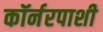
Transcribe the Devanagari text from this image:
कॉर्नरपाशी